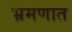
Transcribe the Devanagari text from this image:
भ्रमणात